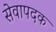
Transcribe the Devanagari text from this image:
सेवापदक